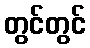
တွင်တွင်